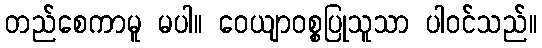
တည်စေကာမူ မပါ။ ဝေယျာဝစ္စပြုသူသာ ပါဝင်သည်။